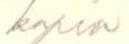
kopio